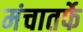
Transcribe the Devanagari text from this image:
मंचातर्फे